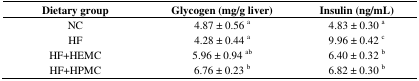
<table><thead><tr><td><b>Dietary group</b></td><td><b>Glycogen (mg/g liver)</b></td><td><b>Insulin (ng/mL)</b></td></tr></thead><tbody><tr><td>NC</td><td>4.87 ± 0.56 <sup>a</sup></td><td>4.83 ± 0.30 <sup>a</sup></td></tr><tr><td>HF</td><td>4.28 ± 0.44 <sup>a</sup></td><td>9.96 ± 0.42 <sup>c</sup></td></tr><tr><td>HF+HEMC</td><td>5.96 ± 0.94 <sup>ab</sup></td><td>6.40 ± 0.32 <sup>b</sup></td></tr><tr><td>HF+HPMC</td><td>6.76 ± 0.23 <sup>b</sup></td><td>6.82 ± 0.30 <sup>b</sup></td></tr></tbody></table>